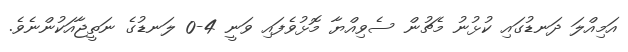
އަމިއްލަ ދަނޑުގައި ކުޅުނު މެޗުން ސެވިއްޔާ މޮޅުވެފައި ވަނީ 4-0 ލަނޑުގެ ނަތީޖާއަކުންނެވެ.